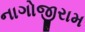
નાગોજીરામ